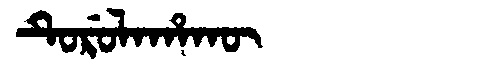
Manchu: ᡨᡠᡵᡠᠯᠠᡥᠠᡴᡡ
Romanization: TURULAHAKŪ